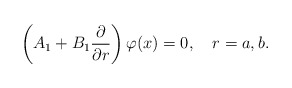
\begin{align*}\left( A_{1}+B_{1}\frac{\partial }{\partial r}\right) \varphi(x)=0,\quad r=a,b. \end{align*}